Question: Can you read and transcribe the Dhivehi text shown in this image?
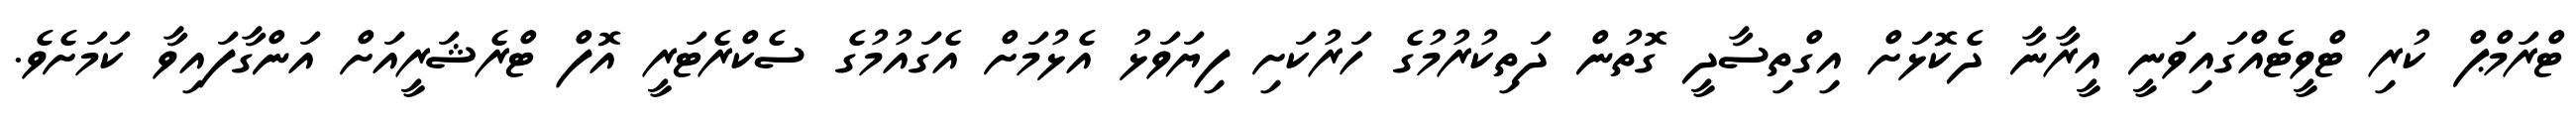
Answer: ޓްރަމްޕް ކުރި ޓްވީޓެއްގައިވަނީ އީރާނާ ދެކޮޅަށް އިގްތިސާދީ ގޮތުން ދަތިކުރުމުގެ ހަރުކަށި ފިޔަވަޅު އެޅުމަށް އެގައުމުގެ ސެކްރެޓަރީ އޮފް ޓްރެޝަރީއަށް އަންގާފައިވާ ކަމަށެވެ.